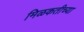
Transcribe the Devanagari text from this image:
मिळकतीच्या